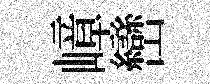
嶂巒